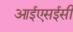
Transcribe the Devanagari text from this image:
आईएसईसी